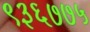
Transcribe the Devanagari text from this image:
९३६७७५